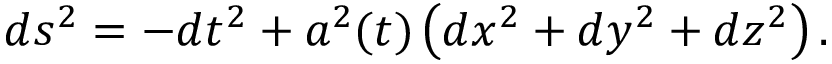
d s ^ { 2 } = - d t ^ { 2 } + a ^ { 2 } ( t ) \left( d x ^ { 2 } + d y ^ { 2 } + d z ^ { 2 } \right) .